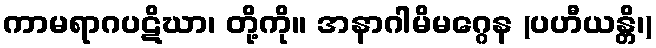
ကာမရာဂပဋိဃာ၊ တို့ကို။ အနာဂါမိမဂ္ဂေန (ပဟီယန္တိ၊)